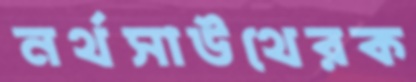
নর্থসাউথেরক